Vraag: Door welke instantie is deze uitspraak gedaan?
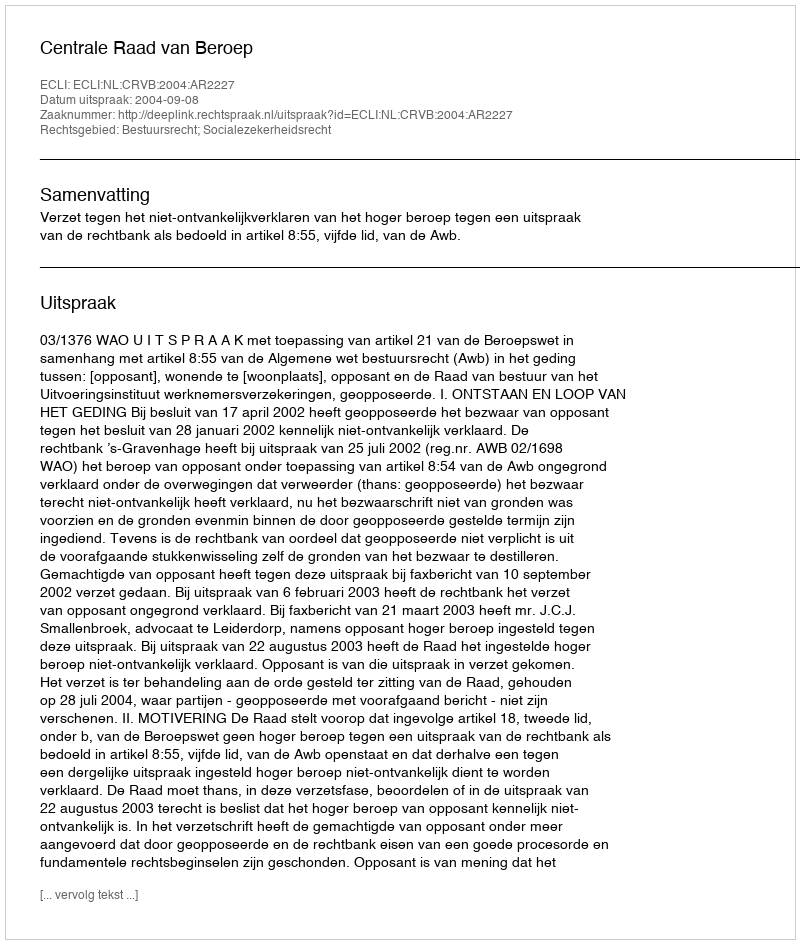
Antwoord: Centrale Raad van Beroep